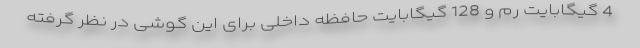
4 گیگابایت رم و 128 گیگابایت حافظه داخلی برای این گوشی در نظر گرفته